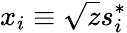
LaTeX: x_{i}\equiv\sqrt{z}s_{i}^{*}